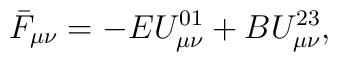
\bar F_{\mu\nu} = -E U^{01}_{\mu\nu} +BU^{23}_{\mu\nu},